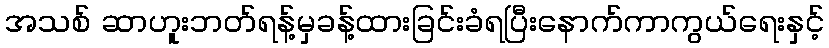
အသစ် ဆာဟူးဘတ်ရန့်မှခန့်ထားခြင်းခံရပြီးနောက်ကာကွယ်ရေးနှင့်